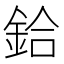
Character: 鉿